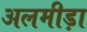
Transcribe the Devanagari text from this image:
अलमीड़ा